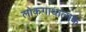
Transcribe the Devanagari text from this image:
लोकगाथात्मक